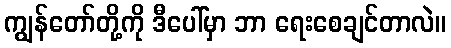
ကျွန်တော်တို့ကို ဒီပေါ်မှာ ဘာ ရေးစေချင်တာလဲ။